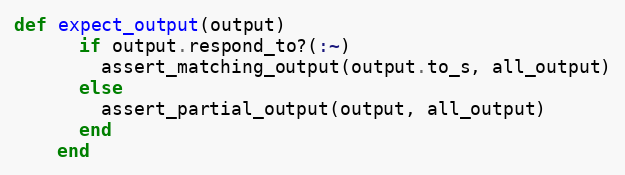
Language: Ruby
def expect_output(output)
      if output.respond_to?(:~)
        assert_matching_output(output.to_s, all_output)
      else
        assert_partial_output(output, all_output)
      end
    end